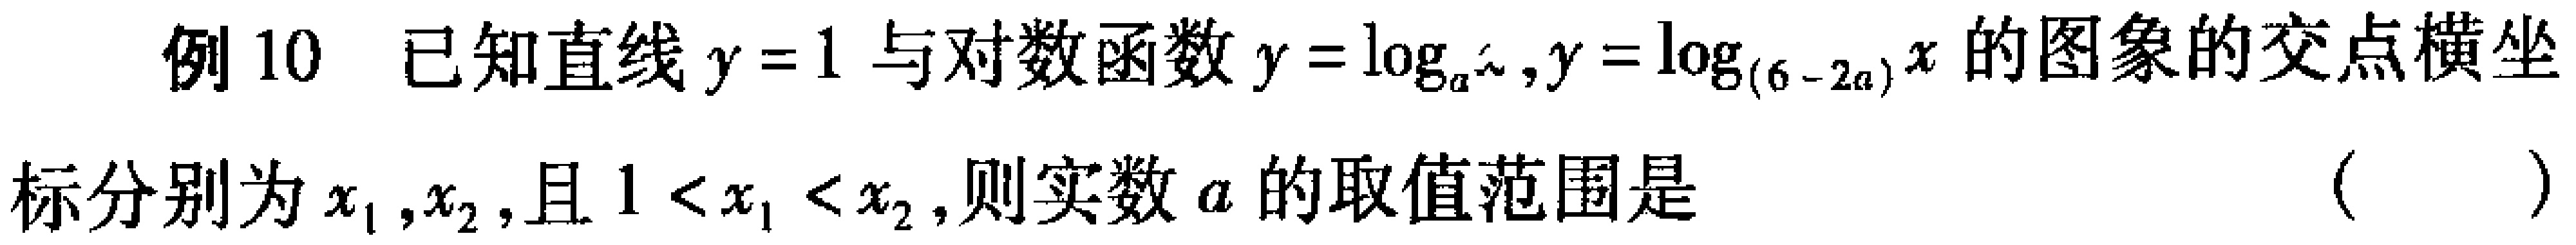
例10 已知直线$y = 1$与对数函数$y = \log_{a}x,y = \log_{(6 - 2a)}x$的图象的交点横坐标分别为$x_{1},x_{2}$,且$1 < x_{1} < x_{2}$,则实数$a$的取值范围是（  ）